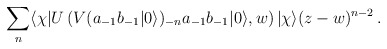
\begin{align*}\sum_n\langle\chi|U\left(V(a_{-1}b_{-1}|0\rangle)_{-n}a_{-1}b_{-1}|0\rangle,w\right)|\chi\rangle(z-w)^{n-2}\,.\end{align*}